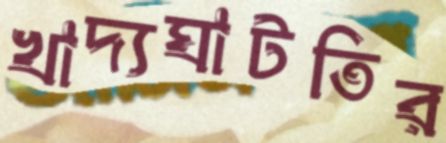
খাদ্যঘাটতির